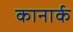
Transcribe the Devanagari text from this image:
कानार्क